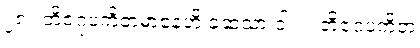
၂၈။ တိဇဂုပကိတမာနေဟိ ခဆသာ ဝါ။ ။ တိဇဂုပကိတ